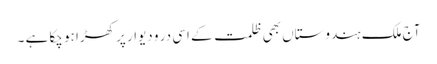
آج ملک ہندوستاں بھی ظلمت کے اسی در و دیوار پر کھڑا ہو چکا ہے ۔